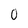
Character: 0